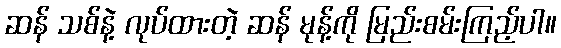
ဆန် သစ်နဲ့ လုပ်ထားတဲ့ ဆန် မုန့်ကို မြည်းစမ်းကြည့်ပါ။